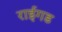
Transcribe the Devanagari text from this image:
राईगड